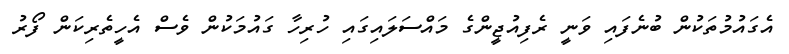
އެގައުމުތަކުން ބުނެފައި ވަނީ ރެފިއުޖީންގެ މައްސަލައިގައި ހުރިހާ ގައުމަކުން ވެސް އެހީތެރިކަން ފޯރު